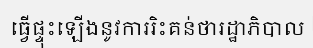
ធ្វើផ្ទុះឡើងនូវការរិះគន់ថារដ្ឋាភិបាល